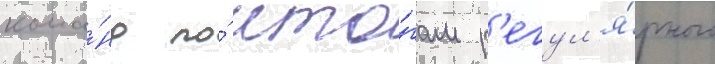
кома́нд по́ ито́гам р'егул'я́рного